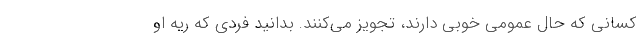
کسانی که حال عمومی خوبی دارند، تجویز می‌کنند. بدانید فردی که ریه او